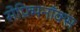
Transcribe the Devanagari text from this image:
सेफ़्मिनॉक्स